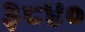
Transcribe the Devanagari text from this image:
३८४०